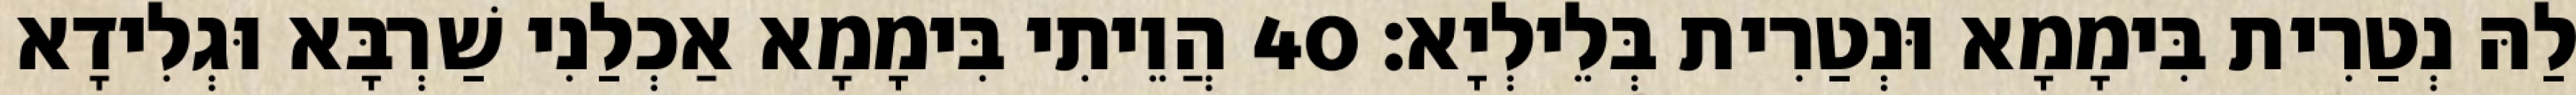
לַהּ נְטַרִית בִּימָמָא וּנְטַרִית בְּלֵילְיָא׃ 40 הֲוֵיתִי בִּימָמָא אַכְלַנִי שַׁרְבָּא וּגְלִידָא